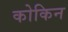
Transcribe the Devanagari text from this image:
कोकिन